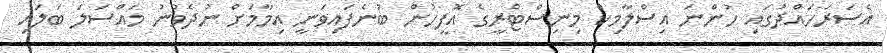
އެސަރަހައްދުގައި ހުންނަ އިސްލާމިކް މިނިސްޓްރީގެ އޮފީހުން ބުނެފައިވަނީ އިމާމަށް ނުދެވުނު މައްސަލަ ބަލައި